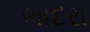
ભાદરા